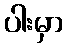
ပါးမှာ